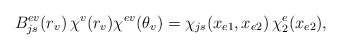
\begin{align*} B_{js}^{ev}(r_v)\,\chi^v(r_v)\chi^{ev}(\theta_v) = \chi_{js}(x_{e1},x_{e2})\,\chi_2^e(x_{e2}),\end{align*}